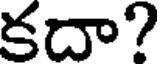
కదా?